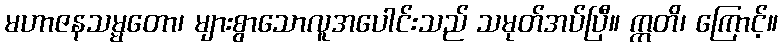
မဟာဇနသမ္မတော၊ များစွာသောလူအပေါင်းသည် သမုတ်အပ်ပြီ။ ဣတိ၊ ကြောင့်။